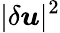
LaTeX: |\delta\boldsymbol{u}|^{2}